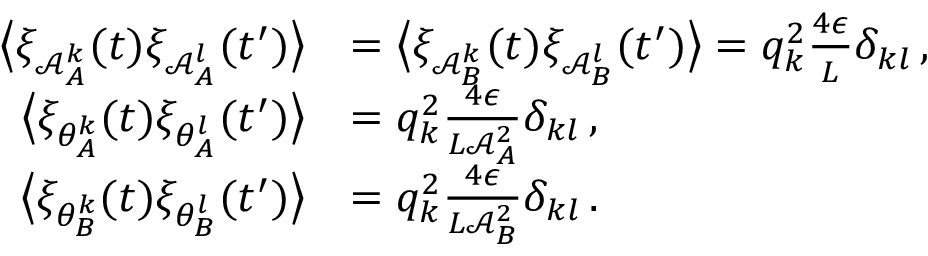
\begin{array} { r l } { \big \langle \xi _ { \mathcal { A } _ { A } ^ { k } } ( t ) \xi _ { \mathcal { A } _ { A } ^ { l } } ( t ^ { \prime } ) \big \rangle } & { = \big \langle \xi _ { \mathcal { A } _ { B } ^ { k } } ( t ) \xi _ { \mathcal { A } _ { B } ^ { l } } ( t ^ { \prime } ) \big \rangle = q _ { k } ^ { 2 } \frac { 4 \epsilon } { L } \delta _ { k l } \, , } \\ { \big \langle \xi _ { \theta _ { A } ^ { k } } ( t ) \xi _ { \theta _ { A } ^ { l } } ( t ^ { \prime } ) \big \rangle } & { = q _ { k } ^ { 2 } \frac { 4 \epsilon } { L \mathcal { A } _ { A } ^ { 2 } } \delta _ { k l } \, , } \\ { \big \langle \xi _ { \theta _ { B } ^ { k } } ( t ) \xi _ { \theta _ { B } ^ { l } } ( t ^ { \prime } ) \big \rangle } & { = q _ { k } ^ { 2 } \frac { 4 \epsilon } { L \mathcal { A } _ { B } ^ { 2 } } \delta _ { k l } \, . } \end{array}